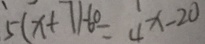
5 ( x + 7 ) - 6 0 = 4 x - 2 0